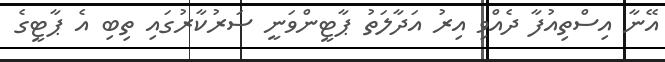
އޭނާ އިސްތިއުފާ ދެއްވި އިރު އަދާލަތު ޕާޓީންވަނީ ސަރުކާރުގައި ތިބި އެ ޕާޓީގެ